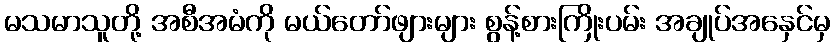
မသမာသူတို့ အစီအမံကို မယ်တော်ဖျားများ စွန့်စားကြိုးပမ်း အချုပ်အနှေင်မှ